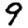
Digit: 9